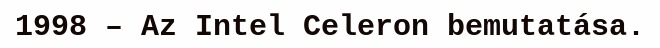
1998 – Az Intel Celeron bemutatása.